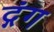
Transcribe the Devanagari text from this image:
द्गंग